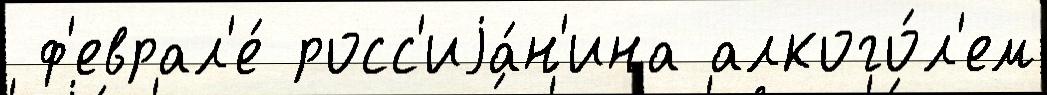
 ф'еврал'е́ росс'иjа́н'ина алкого́л'ем